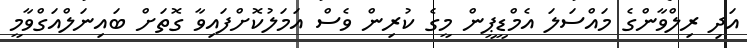
އަދި ރިލްވާންގެ މައްސަލަ އެމްޑީޕީން މީގެ ކުރިން ވެސް އަމަލުކޮށްފައިވާ ގޮތަށް ބައިނަލްއަގްވާމީ